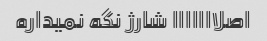
اصلااااااا شارژ نگه نمیداره